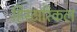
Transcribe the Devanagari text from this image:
हिस्टारिकल